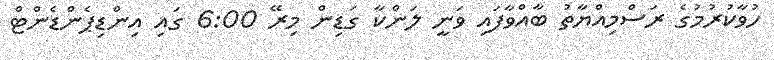
ހުވާކުރުމުގެ ރަސްމިއްޔާތު ބާއްވާފައި ވަނީ ލަންކާ ގަޑިން މިރޭ 6:00 ގައި އިންޑިޕެންޑެންޓް